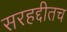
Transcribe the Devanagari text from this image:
सरहद्दीतच